Proceedings of the meeting of veterinary officers in India
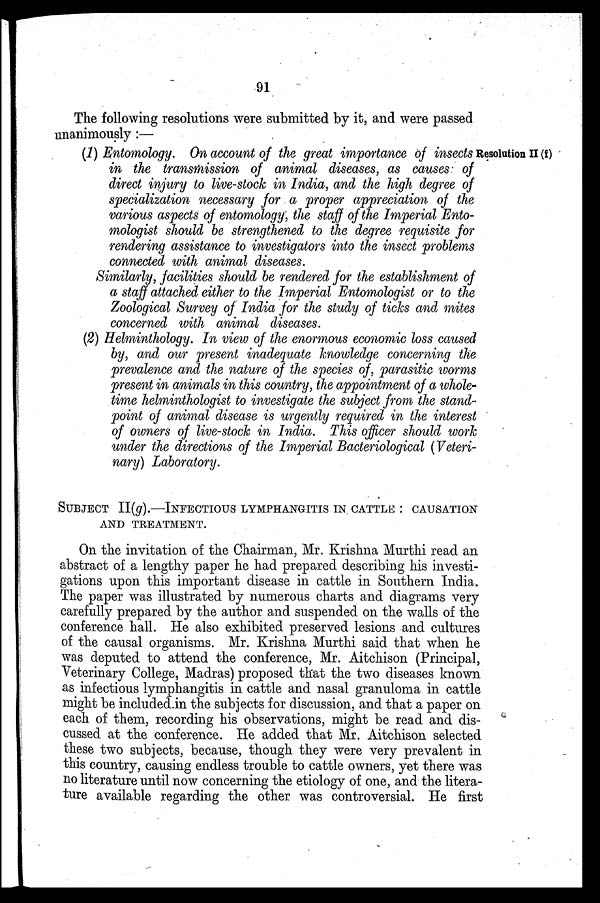
91
The following resolutions were submitted by it, and were passed
unanimously :—
Resolution II (f)
(1) Entomology. On account of the great importance of insects
in the transmission of animal diseases, as causes of
direct injury to live-stock in India, and the high degree of
specialization necessary for a proper appreciation of the
various aspects of entomology, the staff of the Imperial Ento-
mologist should be strengthened to the degree requisite for
rendering assistance to investigators into the insect problems
connected with animal diseases.
Similarly, facilities should be rendered for the establishment of
a staff attached either to the Imperial Entomologist or to the
Zoological Survey of India for the study of ticks and mites
concerned with animal diseases.
(2) Helminthology. In view of the enormous economic loss caused
by, and our present inadequate knowledge concerning the
prevalence and the nature of the species of, parasitic worms
present in animals in this country, the appointment of a whole-
time helminthologist to investigate the subject from the stand-
point of animal disease is urgently required in the interest
of owners of live-stock in India. This officer should work
under the directions of the Imperial Bacteriological (Veteri-
nary) Laboratory.
SUBJECT II(g).-INFECTIOUS LYMPHANGITIS IN CATTLE: CAUSATION
AND TREATMENT.
On the invitation of the Chairman, Mr. Krishna Murthi read an
abstract of a lengthy paper he had prepared describing his investi-
gations upon this important disease in cattle in Southern India.
The paper was illustrated by numerous charts and diagrams very
carefully prepared by the author and suspended on the walls of the
conference hall. He also exhibited preserved lesions and cultures
of the causal organisms. Mr. Krishna Murthi said that when he
was deputed to attend the conference, Mr. Aitchison (Principal,
Veterinary College, Madras) proposed that the two diseases known
as infectious lymphangitis in cattle and nasal granuloma in cattle
might be included in the subjects for discussion, and that a paper on
each of them, recording his observations, might be read and dis-
cussed at the conference. He added that Mr. Aitchison selected
these two subjects, because, though they were very prevalent in
this country, causing endless trouble to cattle owners, yet there was
no literature until now concerning the etiology of one, and the litera-
ture available regarding the other was controversial. He first